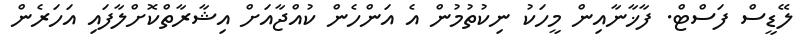
ލޭޑީސް ފަސްޓް. ފާޚާނާއިން މީހަކު ނިކުތުމުން އެ އަންހެން ކުއްޖާއަށް އިޝާރާތްކޮށްލާފައި އަހަރެން